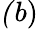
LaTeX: \mathit(b)